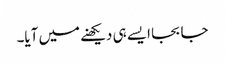
جا بجا ایسے ہی دیکھنے میں آیا۔